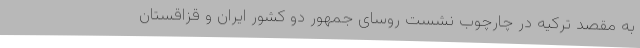
به مقصد ترکیه در چارچوب نشست روسای جمهور دو کشور ایران و قزاقستان